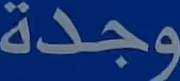
وجدة